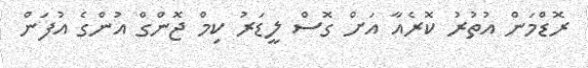
ރޮޑްމަން އުތުރު ކޮރެއާ އަށް ގޮސް ލީޑަރު ކިމް ޖޮންގް އުންގެ އުފަން